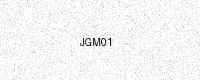
Text: JGM01